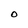
Character: O